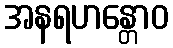
အနရဟန္တောဝ